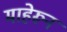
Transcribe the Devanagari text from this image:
माहेरून